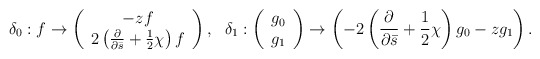
\begin{align*}\delta_0: f\rightarrow\left( \begin{array}{c} -z f\\ 2\left(\frac{\partial}{\partial\bar{s}}+\frac{1}{2}\chi\right) f \end{array} \right),\ \ \delta_1:\left( \begin{array}{c} g_0\\g_1 \end{array} \right)\rightarrow \left(-2\left(\frac{\partial}{\partial\bar{s}}+\frac{1}{2}\chi\right) g_0-z g_1\right).\end{align*}